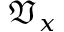
{ \mathfrak { V } } _ { x }